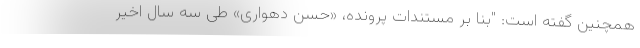
همچنین گفته است: "بنا بر مستندات پرونده، «حسن دهواری» طی سه سال اخیر